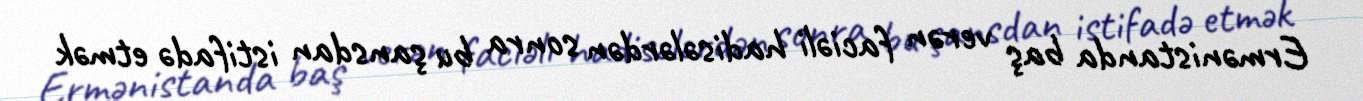
Ermənistanda baş verən faciəli hadisələrdən sonra bu şansdan istifadə etmək